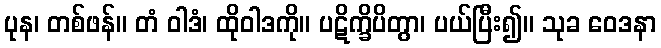
ပုန၊ တစ်ဖန်။ တံ ဝါဒံ၊ ထိုဝါဒကို။ ပဋိက္ခိပိတွာ၊ ပယ်ပြီး၍။ သုခ ဝေဒနာ